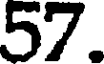
57.